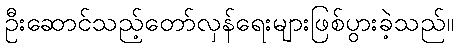
ဦးဆောင်သည့်တော်လှန်ရေးများဖြစ်ပွားခဲ့သည်။